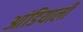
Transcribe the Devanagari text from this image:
आंडियाली